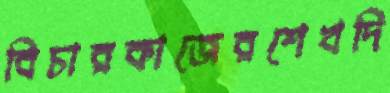
বিচারকাজেরশেখদি